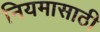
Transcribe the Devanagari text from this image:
नियमासाठी